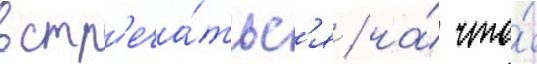
встр'еча́тьс'я / на́ что́